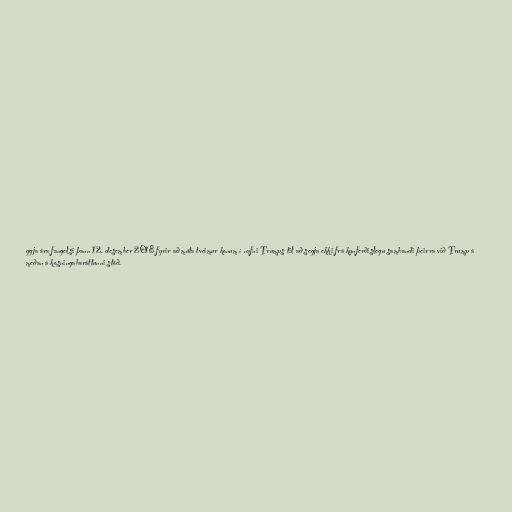
ggja ára fangelsi þann 12. desember 2018 fyrir að múta tveimur konum í nafni Trumps til að segja ekki frá kynferðislegu sambandi þeirra við Trump á
meðan á kosningabaráttunni stóð.